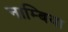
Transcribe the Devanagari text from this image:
नाम्बिया